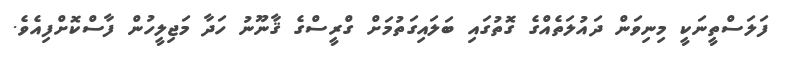
ފަލަސްތީނަކީ މިނިވަން ދައުލަތެއްގެ ގޮތުގައި ބަލައިގަތުމަށް ގްރީސްގެ ޤާނޫނު ހަދާ މަޖިލީހުން ފާސްކޮށްފިއެވެ.